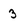
Character: 3